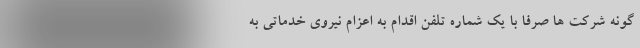
گونه شرکت ها صرفا با یک شماره تلفن اقدام به اعزام نیروی خدماتی به